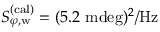
S _ { \varphi , \mathrm { w } } ^ { ( \mathrm { c a l ) } } = ( 5 . 2 ~ \mathrm { m d e g } ) ^ { 2 } / \mathrm { H z }